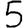
Digit: 5